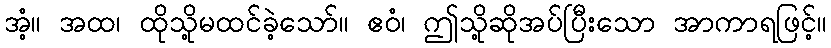
အံ့။ အထ၊ ထိုသို့မထင်ခဲ့သော်။ ဧဝံ၊ ဤသို့ဆိုအပ်ပြီးသော အာကာရဖြင့်။